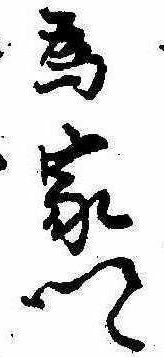
為家卿